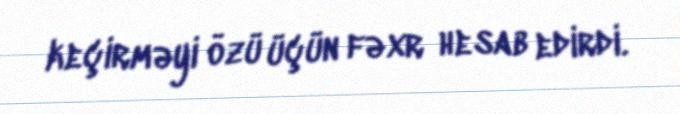
keçirməyi özü üçün fəxr hesab edirdi.